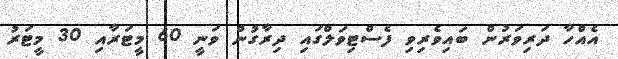
އެއްހާ ދަރިވަރުން ބައިވެރިވި ފެސްޓިވަލްގައި ދިރާގުން ވަނީ 60 މީޓަރާއި 30 މީޓަރު